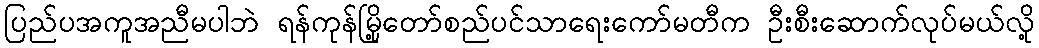
ပြည်ပအကူအညီမပါဘဲ ရန်ကုန်မြို့တော်စည်ပင်သာရေးကော်မတီက ဦးစီးဆောက်လုပ်မယ်လို့